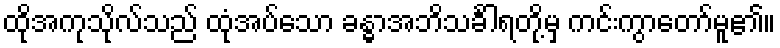
ထိုအကုသိုလ်သည် ထုံအပ်သော ခန္ဓာအဘိသင်္ခါရတို့မှ ကင်းကွာတော်မူ၏။